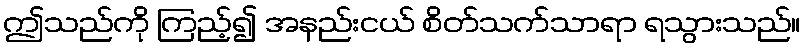
ဤသည်ကို ကြည့်၍ အနည်းငယ် စိတ်သက်သာရာ ရသွားသည်။